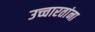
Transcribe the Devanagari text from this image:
उच्चारतांना